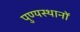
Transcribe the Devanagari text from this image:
पुण्यस्थानों